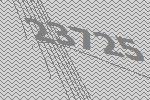
23725